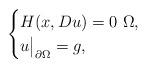
LaTeX: \begin{align*}\begin{cases}H(x,Du)=0 \ \Omega, \\u\big|_{\partial\Omega}=g,\end{cases}\end{align*}